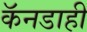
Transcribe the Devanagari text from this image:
कॅनडाही